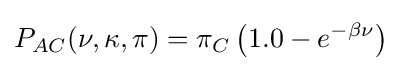
P_{AC}(\nu ,\kappa ,\pi )=\pi _{C}\left(1.0-e^{-\beta \nu }\right)